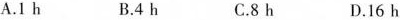
A. 1h B. 4h C. 8h D. 16h